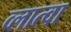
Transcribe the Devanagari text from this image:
व्लात्वा